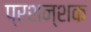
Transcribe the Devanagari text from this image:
प्रशन्शक